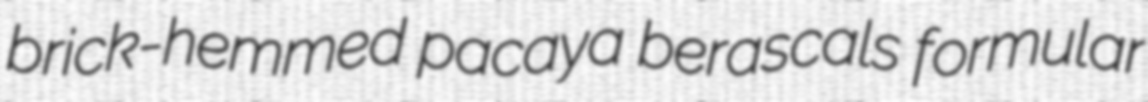
brick-hemmed pacaya berascals formular